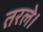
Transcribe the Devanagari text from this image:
तरले।